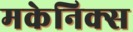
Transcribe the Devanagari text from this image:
मकेनिक्स